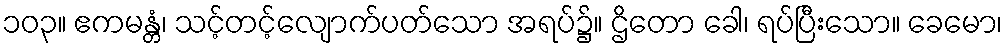
၁၀၃။ ဧကမန္တံ၊ သင့်တင့်လျောက်ပတ်သော အရပ်၌။ ဌိတော ခေါ၊ ရပ်ပြီးသော။ ခေမော၊